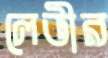
লেভীর